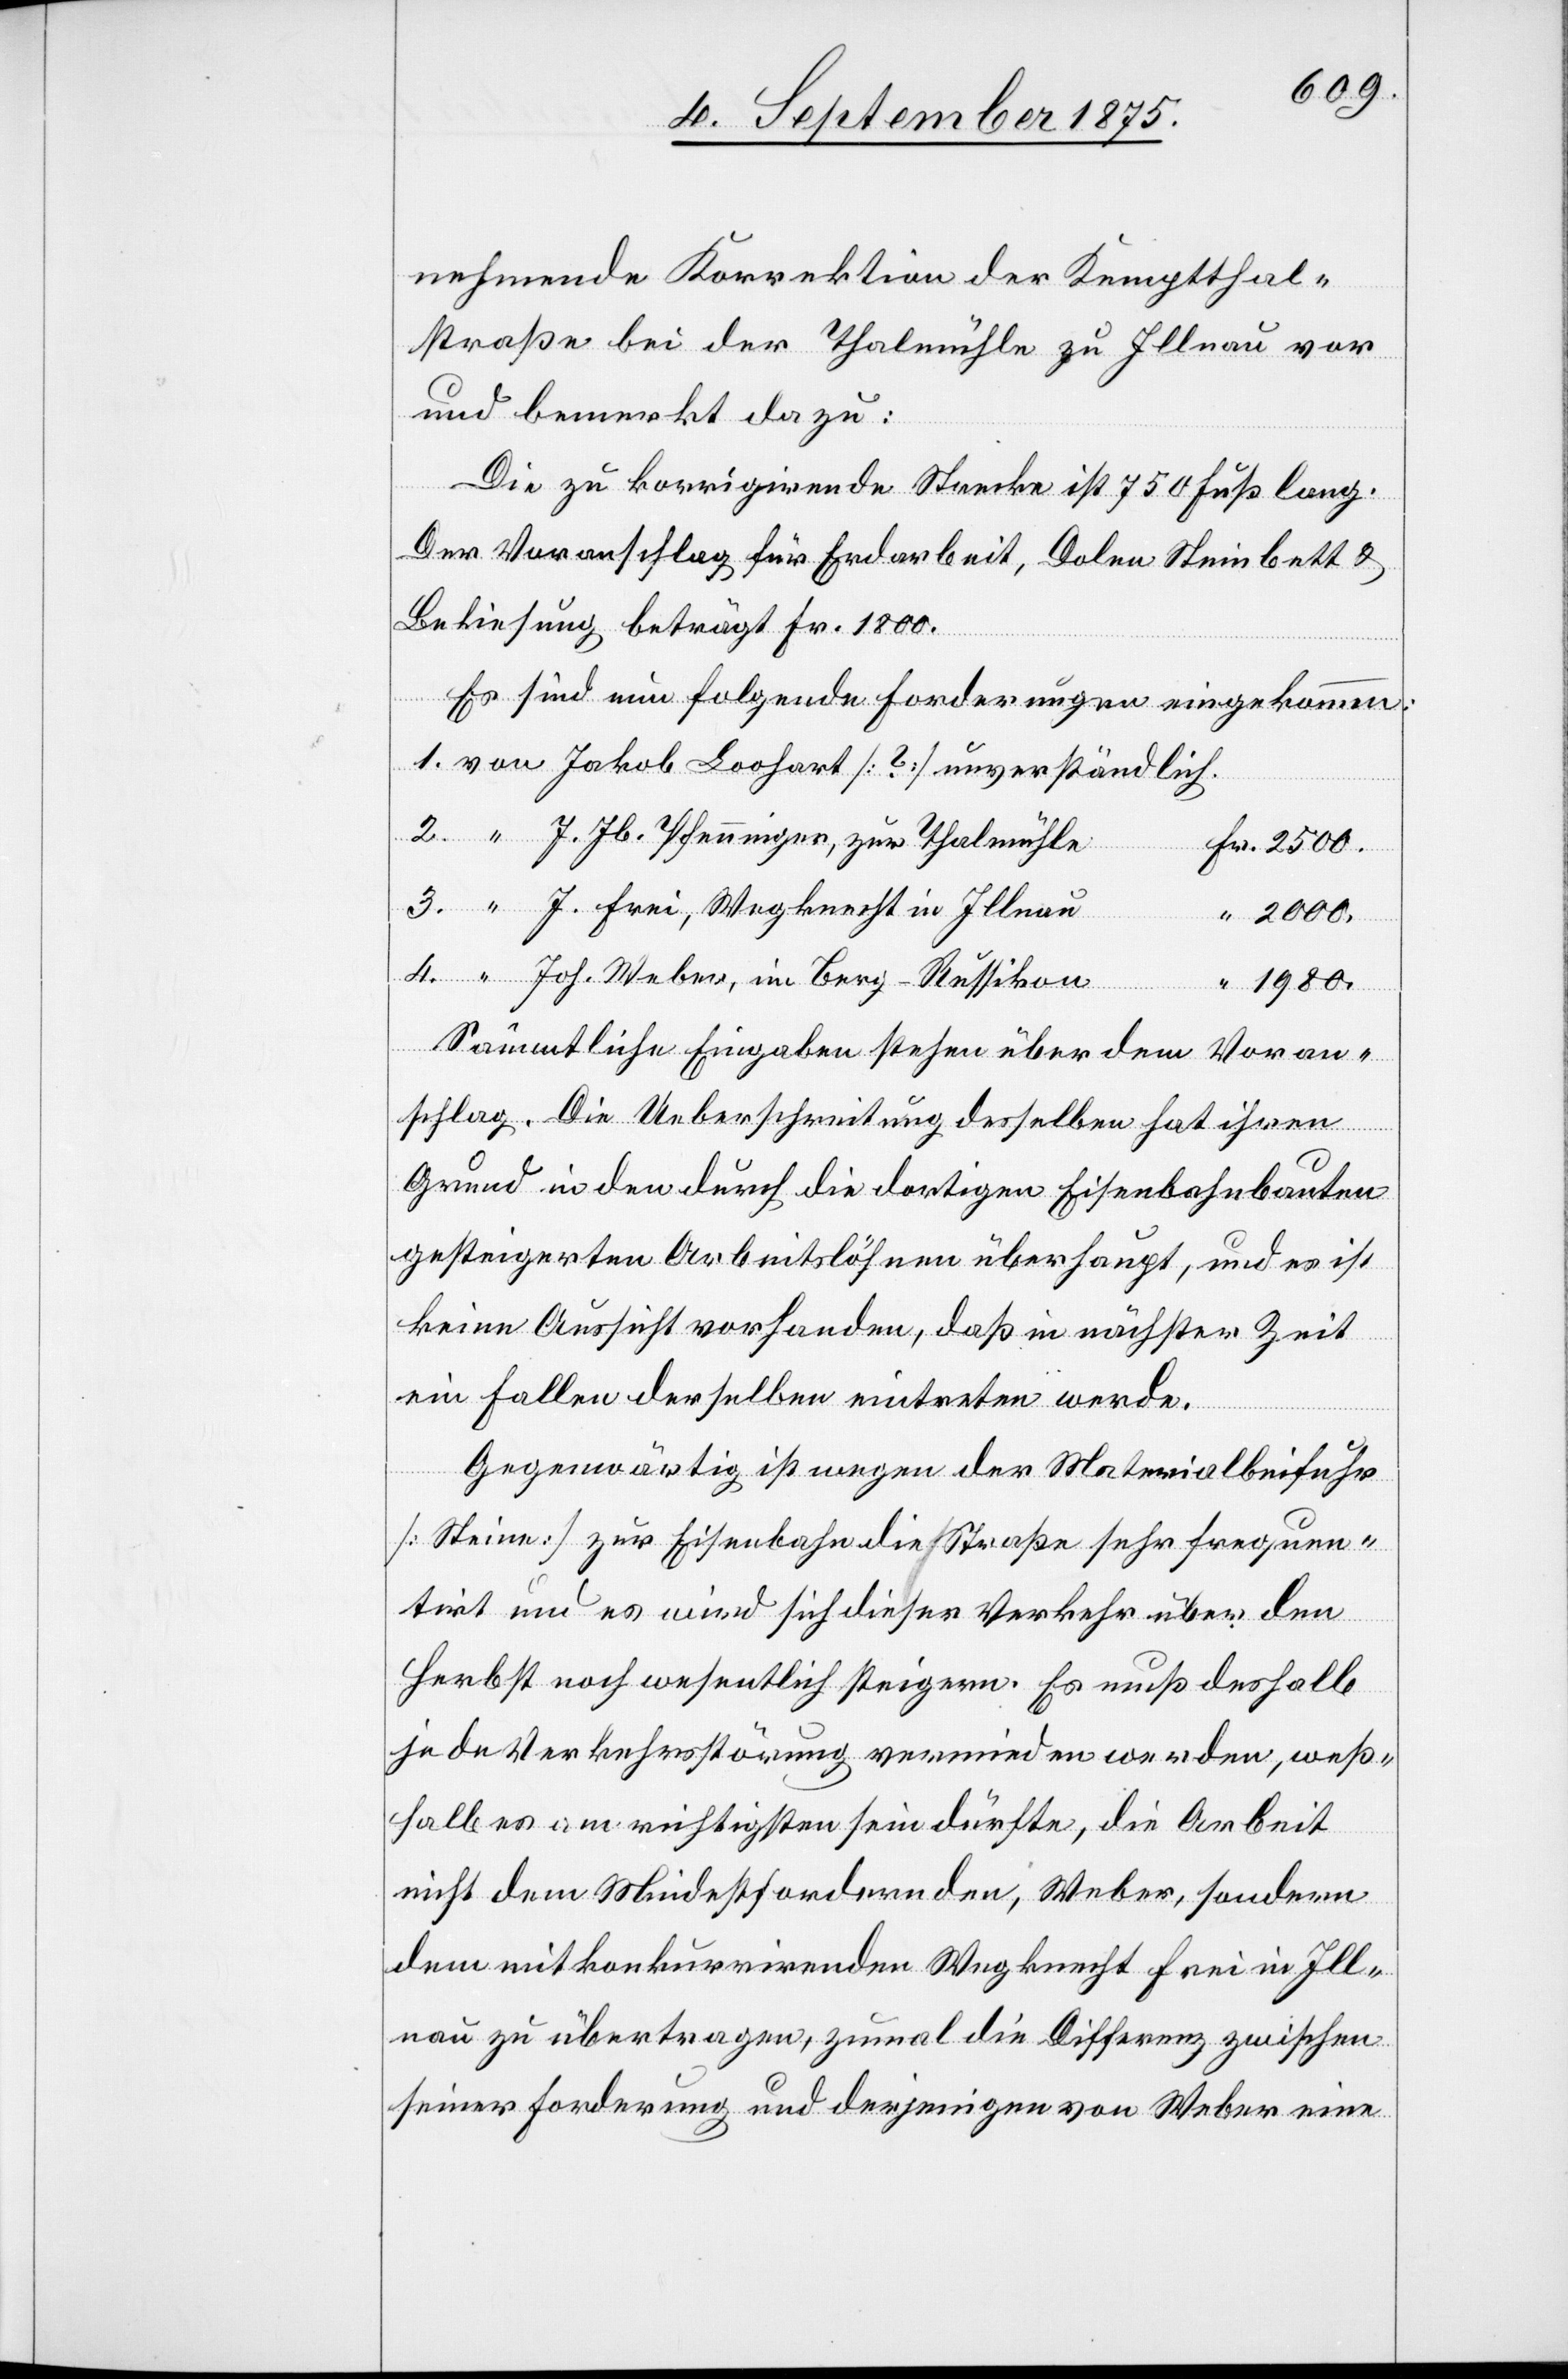
nehmende Korrektion der Kempthal¬
straße bei der Thalmühle zu Illnau vor
und bemerkt dazu:
Die zu korrigirende Strecke ist 750 Fuß lang.
Der Voranschlag für Erdarbeit, Dolen, Steinbett &
Bekiesung beträgt Fr. 1800.
Es sind nun folgende Forderungen eingekommen:
J. Jb. Pfenninger, zur Thalmühle
J. Frei, Wegknecht in Illnau
2000.
Joh. Weber, im Berg - Russikon
1980.
4.
Sämmtliche Eingaben stehen über dem Voran¬
schlag. Die Ueberschreitung derselben hat ihren
Grund in den durch die dortigen Eisenbahnbauten
gesteigerten Arbeitslöhnen überhaupt, und es ist
keine Aussicht vorhanden, daß in nächster Zeit
ein Fallen derselben eintreten werde.
von
Gegenwärtig ist wegen der Materialbeifuhr
[Stein] zur Eisenbahn die Straße sehr frequen¬
tirt und es wird sich dieser Verkehr über den
Herbst noch wesentlich steigern. Es muß deshalb
jede Verkehrsstörung vermieden werden, weß¬
halb es am richtigsten sein dürfte, die Arbeit
nicht dem Mindestfordernden, Weber, sondern
dem mitkonkurrirenden Wegknecht Frei in Ill¬
nau übertragen, zumal die Differenz zwischen
seiner Forderung und derjenigen von Weber eine